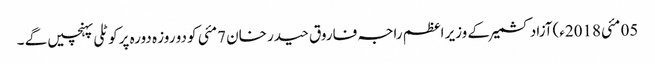
05 مئی2018ء)آزاد کشمیر کے وزیر اعظم راجہ فاروق حیدر خان 7مئی کو دو روز ہ دورہ پرکوٹلی پہنچیں گے ۔